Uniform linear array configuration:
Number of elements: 64
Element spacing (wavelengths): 0.5
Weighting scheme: kaiser
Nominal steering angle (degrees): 15
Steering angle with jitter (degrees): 14.219
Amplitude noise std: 0.05
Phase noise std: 0.05

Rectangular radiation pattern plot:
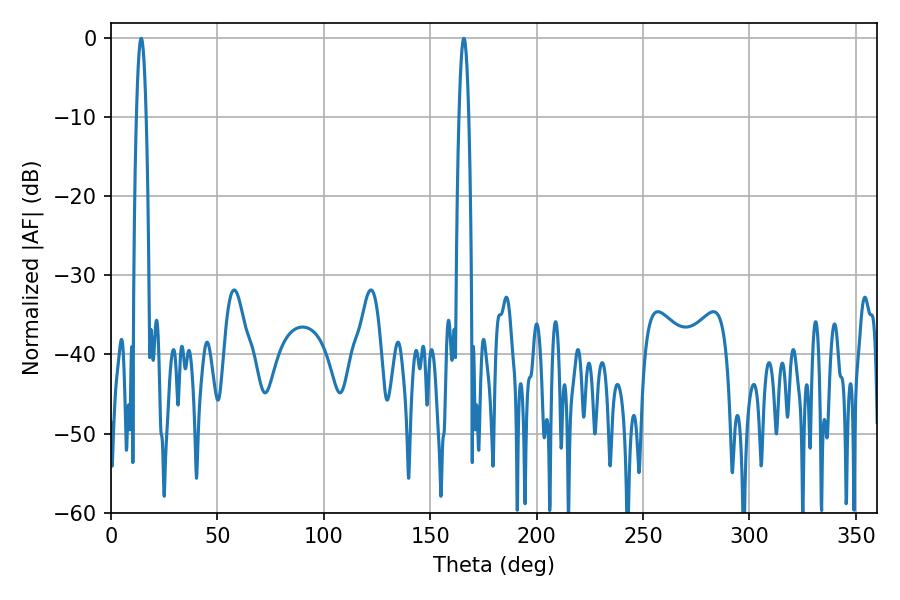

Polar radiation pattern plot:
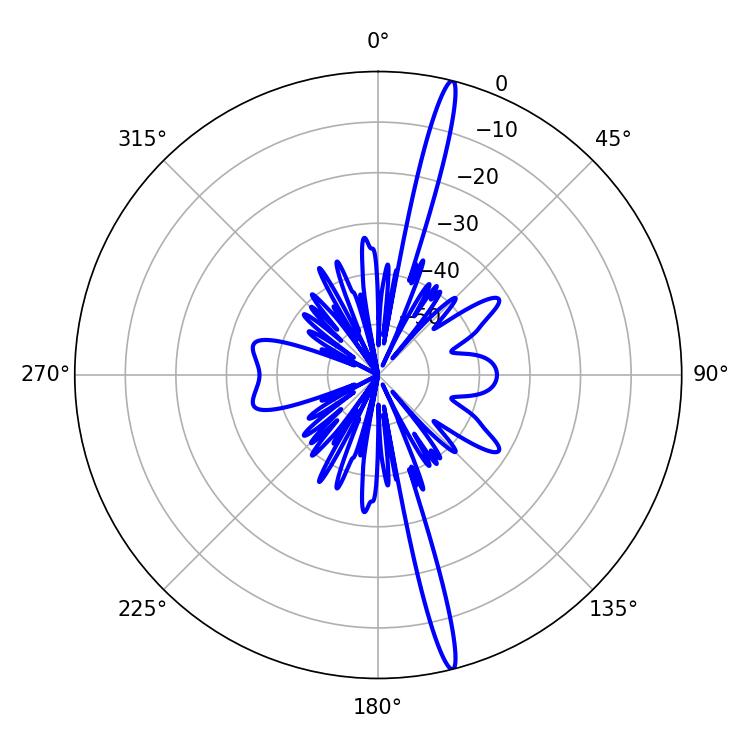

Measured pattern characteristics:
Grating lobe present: FALSE
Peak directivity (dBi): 19.286
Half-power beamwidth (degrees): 2.52
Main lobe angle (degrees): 165.78